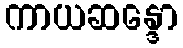
ကာယဆန္ဒော